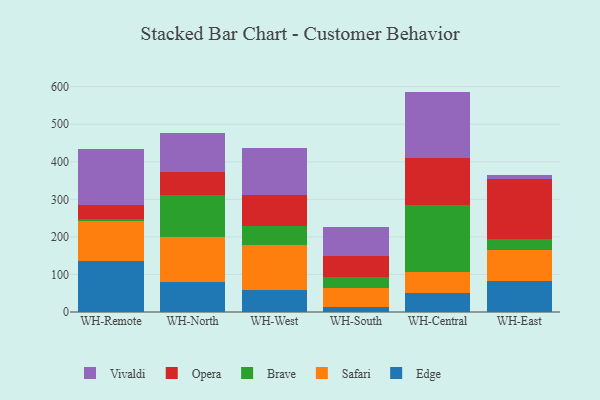
{"axis": {"x": "Warehouse", "y": "Gross Profit (USD K)"}, "legend": ["Brave", "Edge", "Opera", "Safari", "Vivaldi"], "data": [{"x": "WH-Remote", "y": 136.2, "type": "Edge"}, {"x": "WH-Remote", "y": 105.3, "type": "Safari"}, {"x": "WH-Remote", "y": 6.7, "type": "Brave"}, {"x": "WH-Remote", "y": 36.9, "type": "Opera"}, {"x": "WH-Remote", "y": 148.5, "type": "Vivaldi"}, {"x": "WH-North", "y": 79.7, "type": "Edge"}, {"x": "WH-North", "y": 119.7, "type": "Safari"}, {"x": "WH-North", "y": 112.6, "type": "Brave"}, {"x": "WH-North", "y": 61.9, "type": "Opera"}, {"x": "WH-North", "y": 101.8, "type": "Vivaldi"}, {"x": "WH-West", "y": 58.5, "type": "Edge"}, {"x": "WH-West", "y": 120.1, "type": "Safari"}, {"x": "WH-West", "y": 51.2, "type": "Brave"}, {"x": "WH-West", "y": 82.8, "type": "Opera"}, {"x": "WH-West", "y": 124.1, "type": "Vivaldi"}, {"x": "WH-South", "y": 13.2, "type": "Edge"}, {"x": "WH-South", "y": 51.6, "type": "Safari"}, {"x": "WH-South", "y": 27.2, "type": "Brave"}, {"x": "WH-South", "y": 57.3, "type": "Opera"}, {"x": "WH-South", "y": 77.8, "type": "Vivaldi"}, {"x": "WH-Central", "y": 51.9, "type": "Edge"}, {"x": "WH-Central", "y": 53.5, "type": "Safari"}, {"x": "WH-Central", "y": 178.6, "type": "Brave"}, {"x": "WH-Central", "y": 124.7, "type": "Opera"}, {"x": "WH-Central", "y": 178.0, "type": "Vivaldi"}, {"x": "WH-East", "y": 81.7, "type": "Edge"}, {"x": "WH-East", "y": 83.5, "type": "Safari"}, {"x": "WH-East", "y": 30.3, "type": "Brave"}, {"x": "WH-East", "y": 158.2, "type": "Opera"}, {"x": "WH-East", "y": 11.4, "type": "Vivaldi"}]}